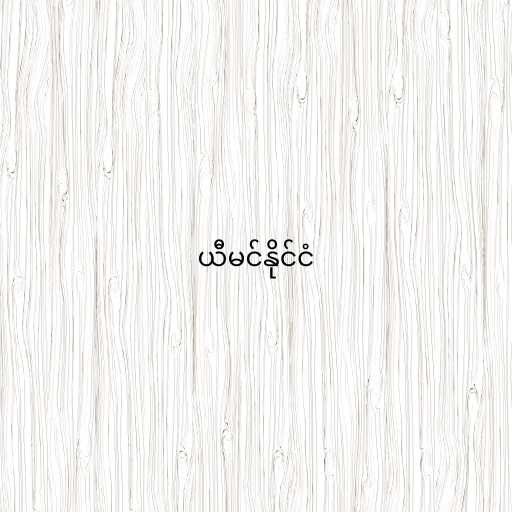
ယီမင်နိုင်ငံ